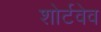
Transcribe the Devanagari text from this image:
शोर्टवेव